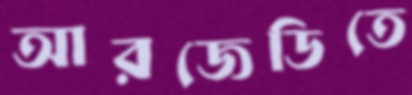
আরজেডিতে